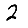
Digit: 2